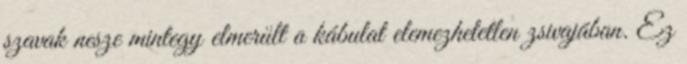
szavak nesze mintegy elmerült a kábulat elemezhetetlen zsivajában. Ez